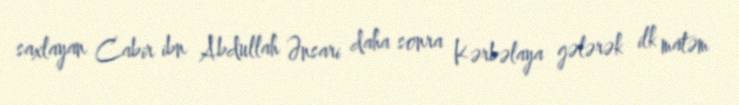
saxlayan Cabir ibn Abdullah Ənsari daha sonra Kərbəlaya gələrək ilk matəm